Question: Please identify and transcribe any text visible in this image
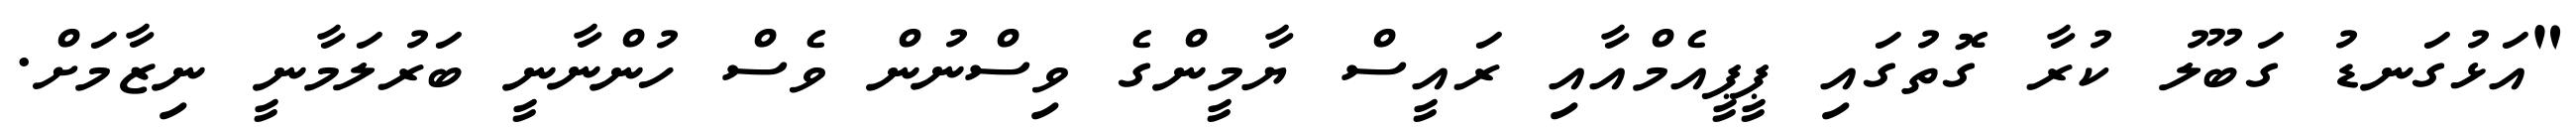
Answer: "އަޅުގަނޑު ގަބޫލު ކުރާ ގޮތުގައި ޕީޕީއެމްއާއި ރައީސް ޔާމީންގެ ވިސްނުން ވެސް ހުންނާނީ ބަރުލަމާނީ ނިޒާމަށް.